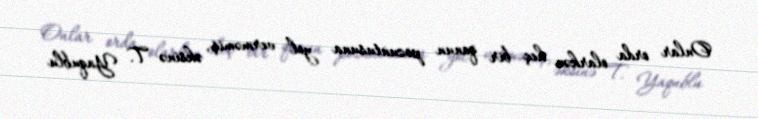
Onlar orda olarkən heç bir qanun pozuntusuna yol verməmiş, əksinə T. Yaqublu